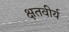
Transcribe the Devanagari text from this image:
क्षतवीर्य